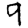
Digit: 9